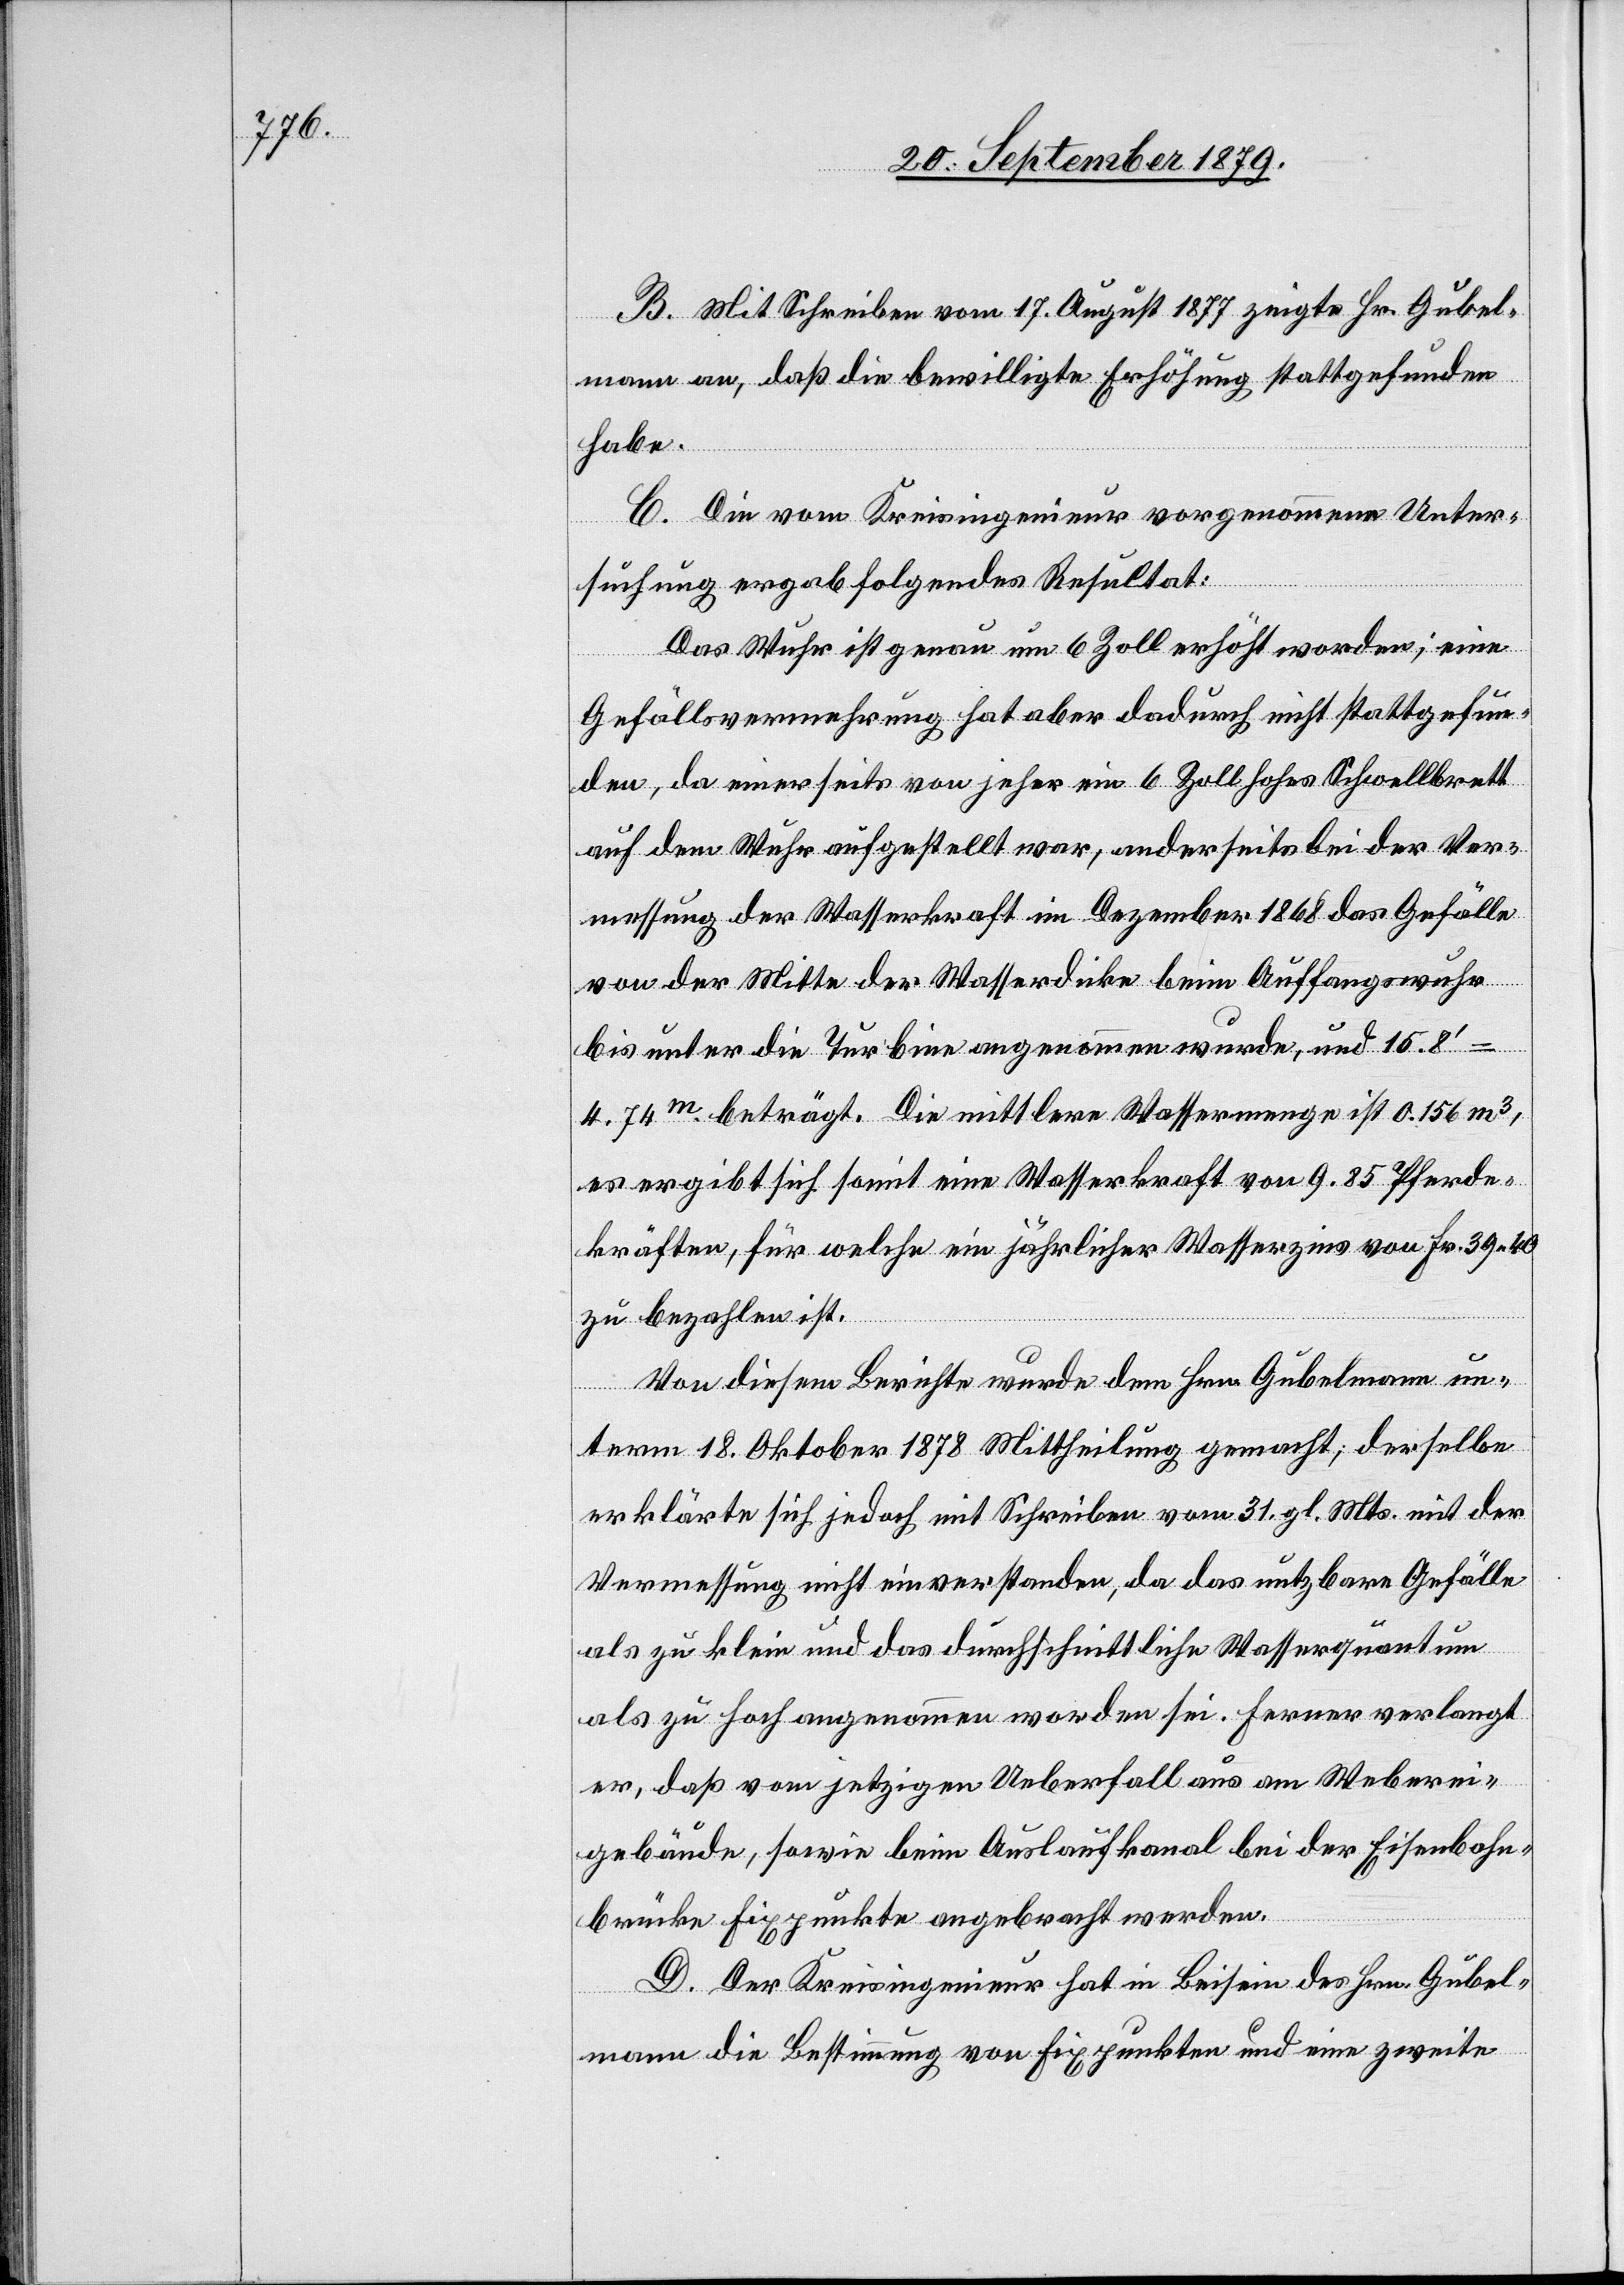
B. Mit Schreiben vom 17. August 1877 zeigte Hr. Gubel¬
mann an, daß die bewilligte Erhöhung stattgefunden
habe.
C. Die vom Kreisingenieur vorgenommene Unter¬
suchung ergab folgendes Resultat:
Das Wuhr ist genau um 6 Zoll erhöht worden; eine
Gefällsvermehrung hat aber dadurch nicht stattgefun¬
den, da einerseits von jeher ein 6 Zoll hohes Schwellbrett
auf dem Wuhr aufgestellt war, anderseits bei der Ver¬
messung der Wasserkraft im Dezember 1868 das Gefälle
von der Mitte der Wasserdicke beim Auffangswuhr
bis unter die Turbine angenommen wurde, und 15.8’
4.74m beträgt. Die mittlere Wassermenge ist 0.156 m3,
es ergibt sich somit eine Wasserkraft von 9.85 Pferde¬
kräften, für welche ein jährlicher Wasserzins von Fr. 39 40
zu bezahlen ist.
Von diesem Berichte wurde dem Hrn. Gubelmann un¬
term 18. Oktober 1878 Mittheilung gemacht, derselbe
erklärte sich jedoch mit Schreiben vom 31. gl. Mts. mit der
Vermessung nicht einverstanden, da das nutzbare Gefälle
als zu klein und das durchschnittliche Wasserquantum
als zu hoch angenommen worden sei. Ferner verlangt
er, daß vom jetzigen Ueberfall aus am Weberei¬
gebäude, sowie beim Auslaufkanal bei der Eisenbahn¬
brücke Fixpunkte angebracht werden.
D. Der Kreisingenieur hat im Beisein des Hrn. Gubel¬
mann die Bestimmung von Fixpunkten und eine zweite